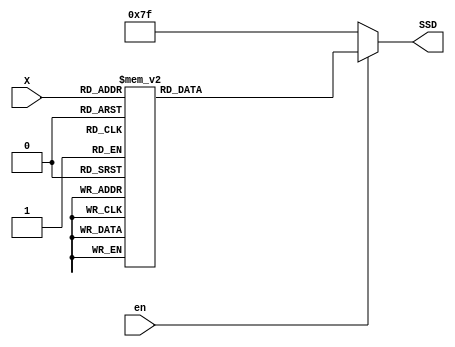
module b2d_ssd (en, X, SSD);
input en;
input [3:0] X;
output reg [6:0] SSD;
always @(*) begin
	if(en)begin
		case (X)
			0:SSD=7'b1000000;
			1:SSD=7'b1111001;
			2:SSD=7'b0100100;
			3:SSD=7'b0110000;
			4:SSD=7'b0011001;
			5:SSD=7'b0010010;
			6:SSD=7'b0000010;
			7:SSD=7'b1111000;
			8:SSD=7'b0000000;
			9:SSD=7'b0010000;
			default: SSD=7'b1000000;
		endcase
		end
	else
		SSD=7'b1111111;
end
endmodule